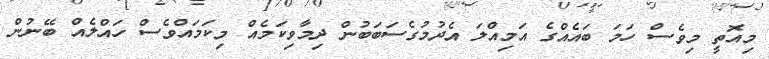
މިއޮތީ މިވެސް ހަމަ ބައެއްގެ އަމިއްލަ އެދުމުގެސަބަބުން ދިމާވިކަމެއް މިކަމައްވެސް ހައްލެއް ބޭނުން